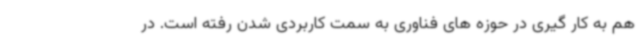
هم به کار گیری در حوزه های فناوری به سمت کاربردی شدن رفته است. در